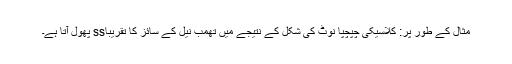
مثال کے طور پر: کلاسیکی چپچپا نوٹ کی شکل کے نتیجے میں تھمب نیل کے سائز کا تقریباss پھول آتا ہے۔